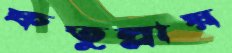
ফতুল্লায়